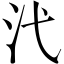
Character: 𪵫